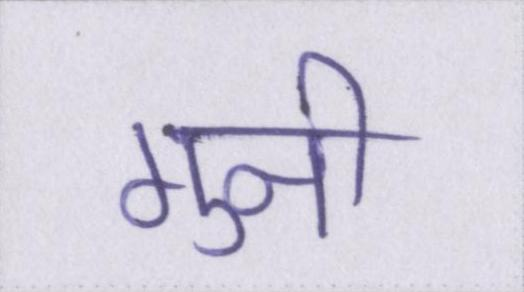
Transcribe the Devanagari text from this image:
गुनी